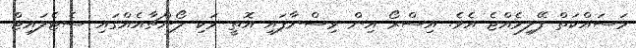
މަސައްކަތް ފޭލިވެއްޖެ އެވެ. އިސްރޯ އިން ވިސްނާފައި އޮތީ ވަކި ލޯންޗާއެއްގައި ސެޓެލައިޓް